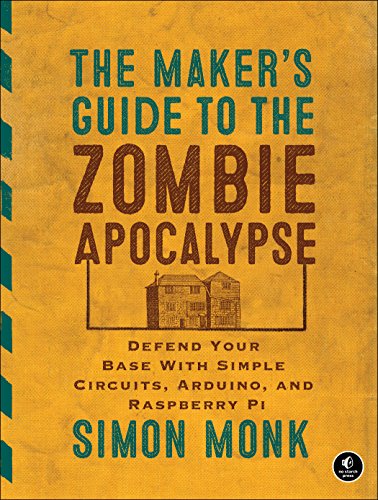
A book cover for The Maker's Guide to the Zombie Apocalypse: Defend Your Base with Simple Circuits, Arduino, and Raspberry Pi; Simon Monk; Computers & Technology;